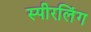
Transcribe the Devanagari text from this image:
स्पीरलिंग